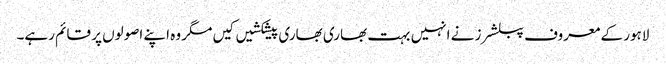
لاہور کے معروف پبلشرز نے انہیں بہت بھاری بھاری پیشکشیں کیں مگر وہ اپنے اصولوں پر قائم رہے۔